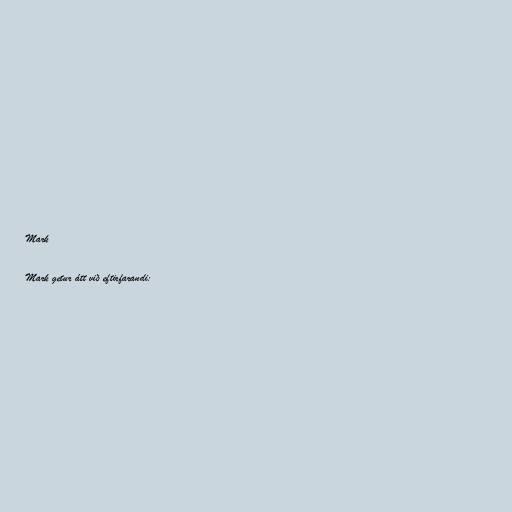
Mark

Mark getur átt við eftirfarandi: